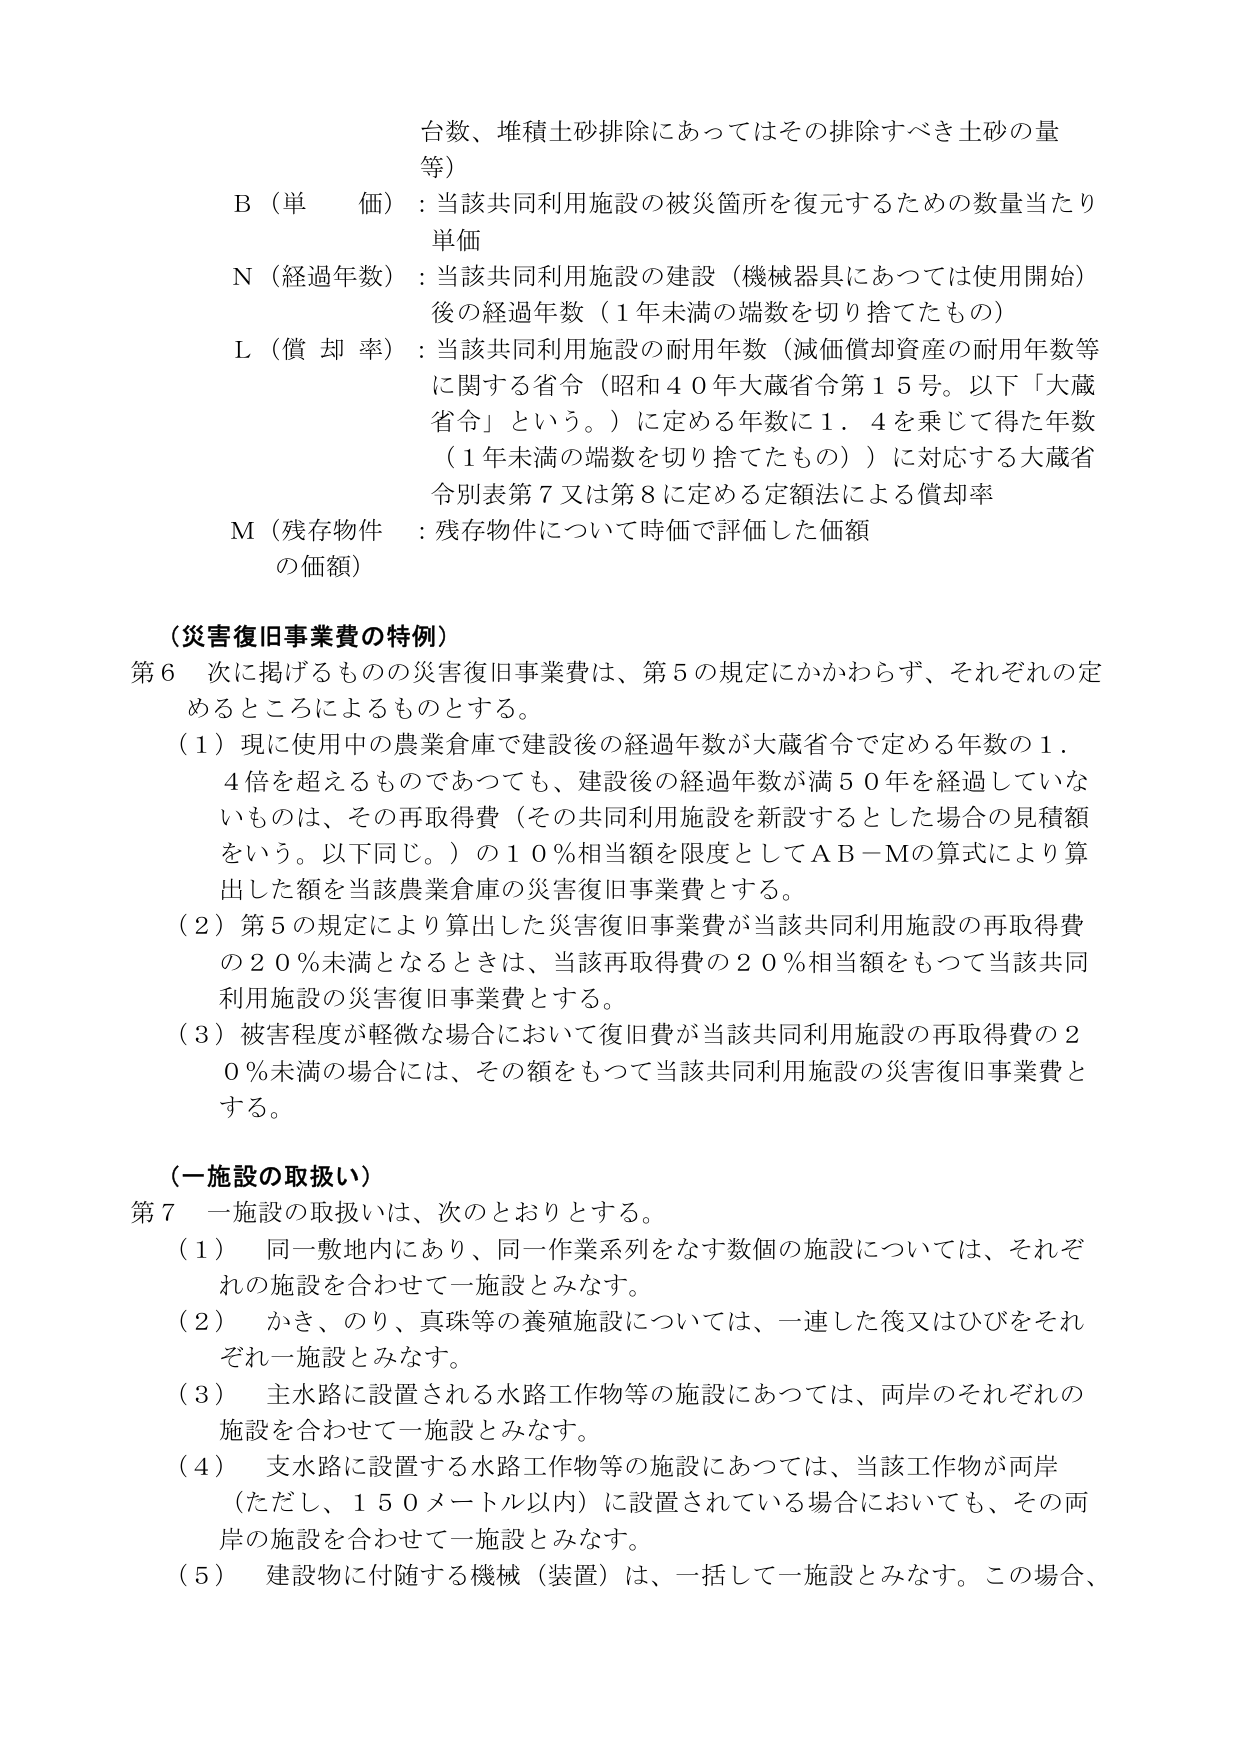
台数、堆積土砂排除にあってはその排除すべき土砂の量等）

B（単価）：当該共同利用施設の被災箇所を復元するための数量当たり単価

N（経過年数）：当該共同利用施設の建設（機械器具にあっては使用開始）後の経過年数（1年未満の端数を切り捨てたもの）

L（償却率）：当該共同利用施設の耐用年数（減価償却資産の耐用年数等に関する省令（昭和40年大蔵省令第15号。以下「大蔵省令」という。）に定める年数に1.4を乗じて得た年数（1年未満の端数を切り捨てたもの））に対応する大蔵省令別表第7又は第8に定める定額法による償却率

M（残存物件の価額）：残存物件について時価で評価した価額

（災害復旧事業費の特例）

第6 次に掲げるものの災害復旧事業費は、第5の規定にかかわらず、それぞれの定めるところによるものとする。

（1）現に使用中の農業倉庫で建設後の経過年数が大蔵省令で定める年数の1.4倍を超えるものであっても、建設後の経過年数が満50年を経過していないものは、その再取得費（その共同利用施設を新設するとした場合の見積額をいう。以下同じ。）の10％相当額を限度としてAB－Mの算式により算出した額を当該農業倉庫の災害復旧事業費とする。

（2）第5の規定により算出した災害復旧事業費が当該共同利用施設の再取得費の20％未満となるときは、当該再取得費の20％相当額をもって当該共同利用施設の災害復旧事業費とする。

（3）被害程度が軽微な場合において復旧費が当該共同利用施設の再取得費の20％未満の場合には、その額をもって当該共同利用施設の災害復旧事業費とする。

（一施設の取扱い）

第7 一施設の取扱いは、次のとおりとする。

（1）同一敷地内にあり、同一作業系列をなす数個の施設については、それぞれの施設を合わせて一施設とみなす。

（2）かき、のり、真珠等の養殖施設については、一連した筏又はひびをそれぞれ一施設とみなす。

（3）主水路に設置される水路工作物等の施設にあっては、両岸のそれぞれの施設を合わせて一施設とみなす。

（4）支水路に設置する水路工作物等の施設にあっては、当該工作物が両岸（ただし、150メートル以内）に設置されている場合においても、その両岸の施設を合わせて一施設とみなす。

（5）建設物に付随する機械（装置）は、一括して一施設とみなす。この場合、